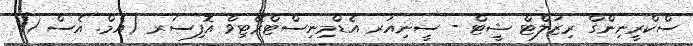
ސްކްރީނިންގް ރިޒަލްޓް ޝީޓް - ސީނިއަރ އެޑްމިނިސްޓްރޭޓިވް އޮފިސަރ (އެމް. އެސް 1)